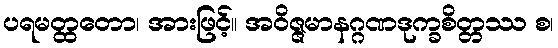
ပရမတ္ထတော၊ အားဖြင့်။ အဝိဇ္ဇမာနဂ္ဂဏဒုက္ခစိတ္တဿ စ၊